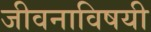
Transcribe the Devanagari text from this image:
जीवनाविषयी